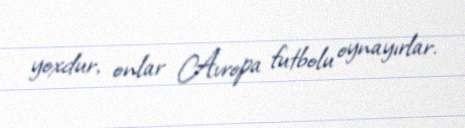
yoxdur, onlar Avropa futbolu oynayırlar.